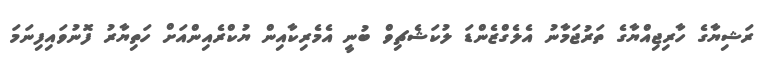
ރަޝިޔާގެ ހާރިޖިއްޔާގެ ތަރުޖަމާނު އެލެގްޒެންޑަ ލުކަޝެޗިވް ބުނީ އެމެރިކާއިން ޔުކްރެއިންއަށް ހަތިޔާރު ފޮނުވައިފިނަމަ